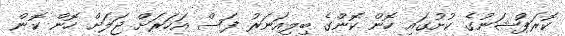
ކޮރަޕްޝަނުގެ ކުށުގައި ހޮން ކޮންގެ ބިލިއަނަރު ފަސް އަހަރަށް ޖަލަށް ހޮން ކޮން